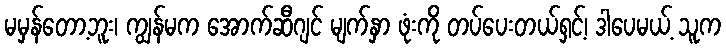
မမှန်တော့ဘူး၊ ကျွန်မက အောက်ဆီဂျင် မျက်နှာ ဖုံးကို တပ်ပေးတယ်ရှင့်၊ ဒါပေမယ့် သူက